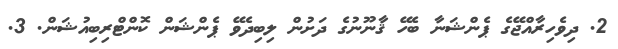
2. ދިވެހިރާއްޖޭގެ ޕެންޝަނާ ބެހޭ ޤާނޫނުގެ ދަށުން ލިބިދެވޭ ޕެންޝަން ކޮންޓްރިބިއުޝަން. 3.